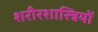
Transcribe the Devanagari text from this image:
शरीरशास्त्रियों